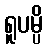
ရူပမ္ပိ